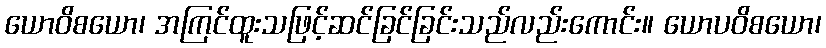
ယောဝိစယော၊ အကြင်ထူးသဖြင့်ဆင်ခြင်ခြင်းသည်လည်းကောင်း။ ယောပဝိစယော၊